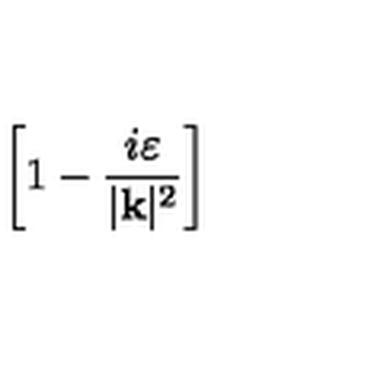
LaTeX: \left[ 1 - \frac { i \varepsilon } { | \mathbf { k } | ^ { 2 } } \right]